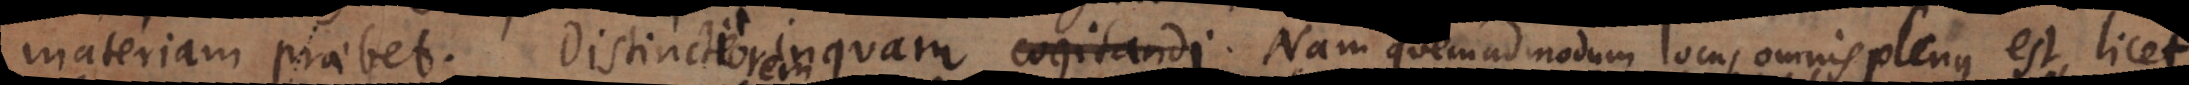
materiam praebet. Distinctiorem inquam. Nam quemadmodum locus omnis plenus est licet,